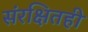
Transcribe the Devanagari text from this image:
संरक्षितही